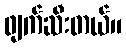
ဖျက်ဆီးတယ်။